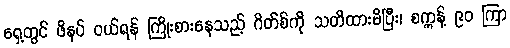
ရှေ့တွင် ဖိနပ် ဝယ်ရန် ကြိုးစားနေသည့် ဂိတ်စ်ကို သတိထားမိပြီး၊ စက္ကန့် ၉၀ ကြာ